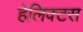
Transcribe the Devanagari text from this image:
हेलिक्टस